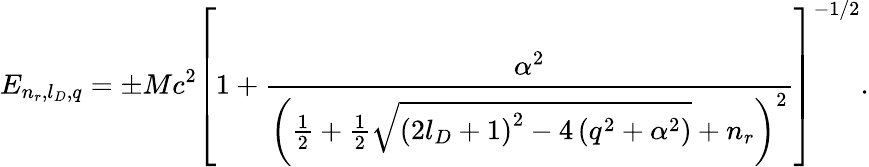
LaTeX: E_{n_{r},l_{D},q}=\pm Mc^{2}\left[1+\frac{\alpha^{2}}{\left(\frac 12+\frac 12\sqrt{\left(2l_{D}+1\right)^{2}-4\left(q^{2}+\alpha^{2}\right)}+n_{r}\right)^{2}}\right]^{-1/2}.